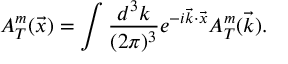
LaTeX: A _ { T } ^ { m } ( \vec { x } ) = \int \frac { d ^ { 3 } k } { ( 2 \pi ) ^ { 3 } } e ^ { - i \vec { k } \cdot \vec { x } } A _ { T } ^ { m } ( \vec { k } ) .